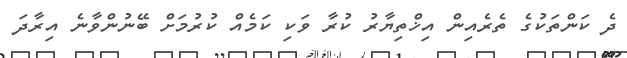
ދެ ކަންތަކުގެ ތެރެއިން އިޚްތިޔާރު ކުރާ ވަކި ކަމެއް ކުރުމަށް ބޭނުންވާނެ އިރާދަ